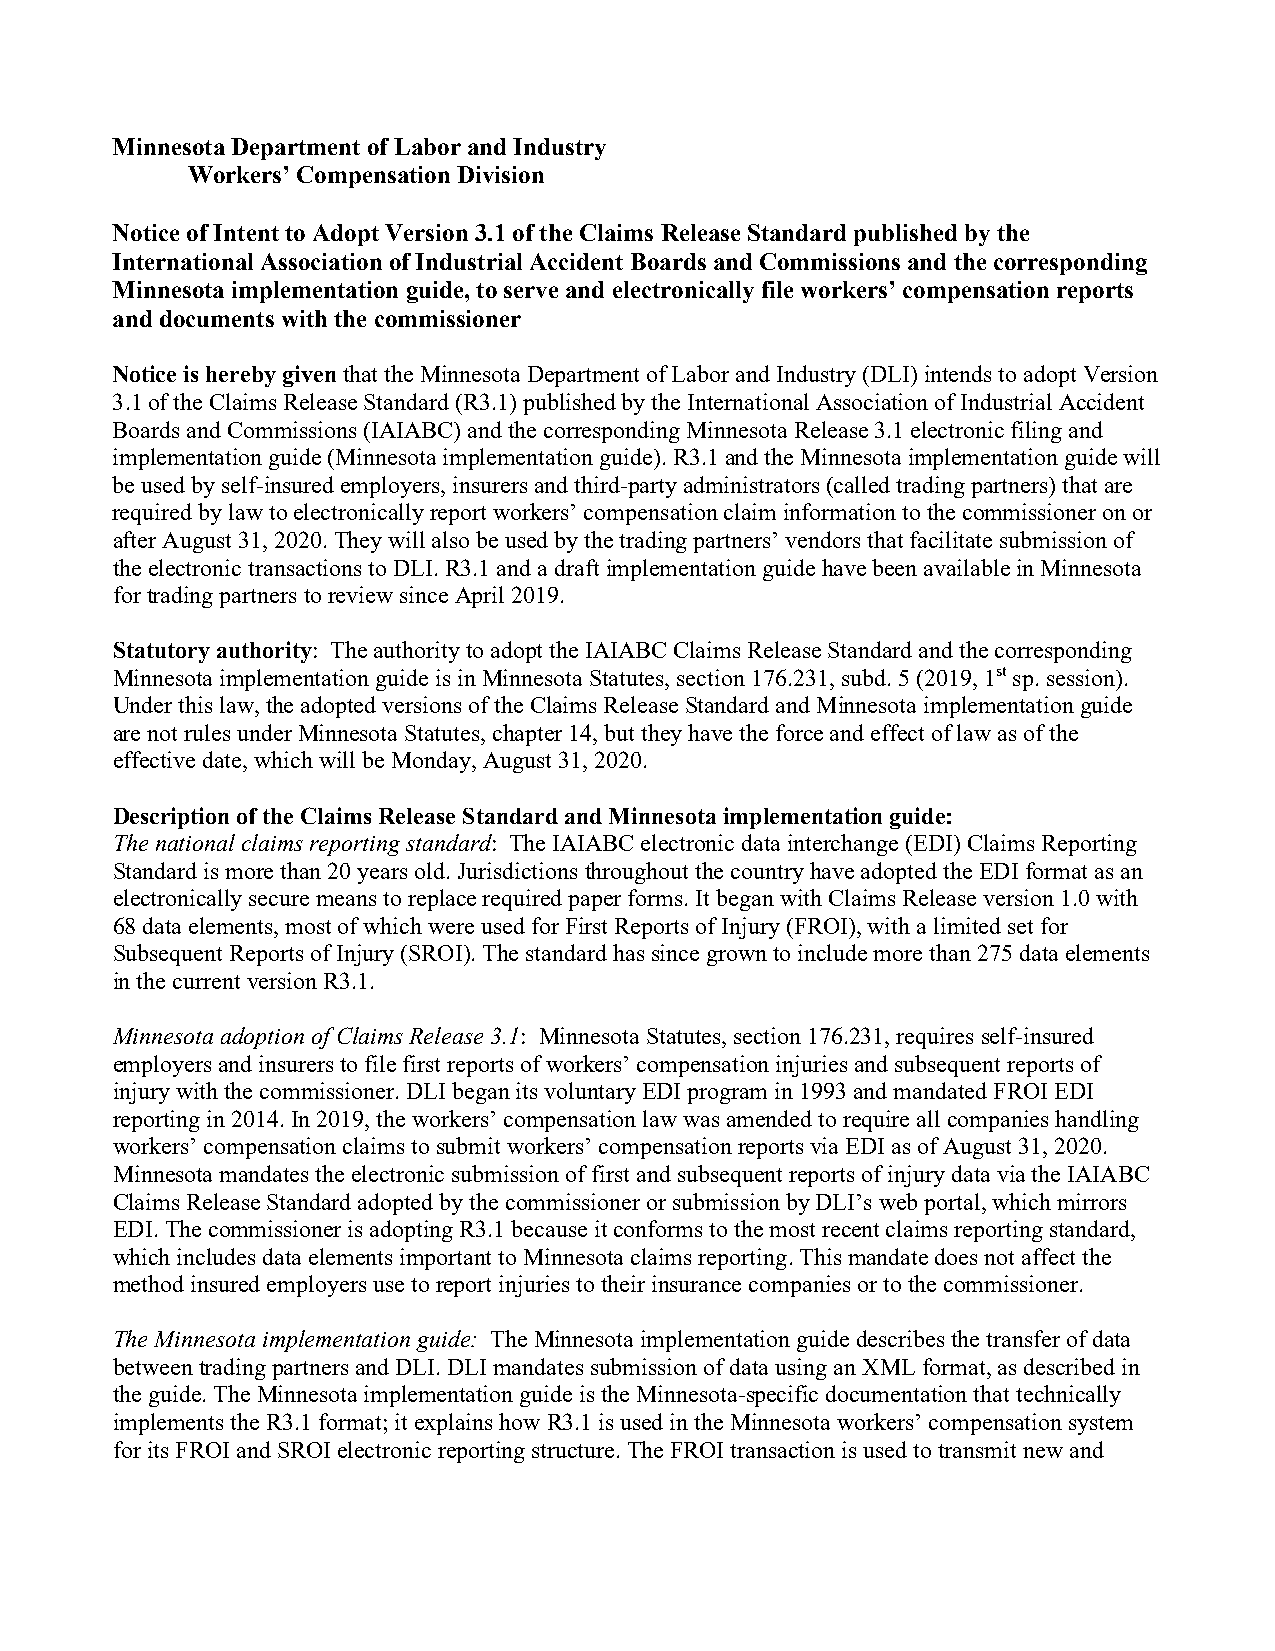
Minnesota Department of Labor and Industry
 Workers’ Compensation Division
 Notice of Intent to Adopt Version 3.1 of the Claims Release Standard published by the
 International Association of Industrial Accident Boards and Commissions and the corresponding
 Minnesota implementation guide, to serve and electronically file workers’ compensation reports
 and documents with the commissioner
 Notice is hereby given that the Minnesota Department of Labor and Industry (DLI) intends to adopt Version
 3.1 of the Claims Release Standard (R3.1) published by the International Association of Industrial Accident
 Boards and Commissions (IAIABC) and the corresponding Minnesota Release 3.1 electronic filing and
 implementation guide (Minnesota implementation guide). R3.1 and the Minnesota implementation guide will
 be used by self-insured employers, insurers and third-party administrators (called trading partners) that are
 required by law to electronically report workers’ compensation claim information to the commissioner on or
 after August 31, 2020. They will also be used by the trading partners’ vendors that facilitate submission of
 the electronic transactions to DLI. R3.1 and a draft implementation guide have been available in Minnesota
 for trading partners to review since April 2019.
 Statutory authority: The authority to adopt the IAIABC Claims Release Standard and the corresponding
 Minnesota implementation guide is in Minnesota Statutes, section 176.231, subd. 5 (2019, 1st sp. session).
 Under this law, the adopted versions of the Claims Release Standard and Minnesota implementation guide
 are not rules under Minnesota Statutes, chapter 14, but they have the force and effect of law as of the
 effective date, which will be Monday, August 31, 2020.
 Description of the Claims Release Standard and Minnesota implementation guide:
 The national claims reporting standard: The IAIABC electronic data interchange (EDI) Claims Reporting
 Standard is more than 20 years old. Jurisdictions throughout the country have adopted the EDI format as an
 electronically secure means to replace required paper forms. It began with Claims Release version 1.0 with
 68 data elements, most of which were used for First Reports of Injury (FROI), with a limited set for
 Subsequent Reports of Injury (SROI). The standard has since grown to include more than 275 data elements
 in the current version R3.1.
 Minnesota adoption of Claims Release 3.1: Minnesota Statutes, section 176.231, requires self-insured
 employers and insurers to file first reports of workers’ compensation injuries and subsequent reports of
 injury with the commissioner. DLI began its voluntary EDI program in 1993 and mandated FROI EDI
 reporting in 2014. In 2019, the workers’ compensation law was amended to require all companies handling
 workers’ compensation claims to submit workers’ compensation reports via EDI as of August 31, 2020.
 Minnesota mandates the electronic submission of first and subsequent reports of injury data via the IAIABC
 Claims Release Standard adopted by the commissioner or submission by DLI’s web portal, which mirrors
 EDI. The commissioner is adopting R3.1 because it conforms to the most recent claims reporting standard,
 which includes data elements important to Minnesota claims reporting. This mandate does not affect the
 method insured employers use to report injuries to their insurance companies or to the commissioner.
 The Minnesota implementation guide: The Minnesota implementation guide describes the transfer of data
 between trading partners and DLI. DLI mandates submission of data using an XML format, as described in
 the guide. The Minnesota implementation guide is the Minnesota-specific documentation that technically
 implements the R3.1 format; it explains how R3.1 is used in the Minnesota workers’ compensation system
 for its FROI and SROI electronic reporting structure. The FROI transaction is used to transmit new and